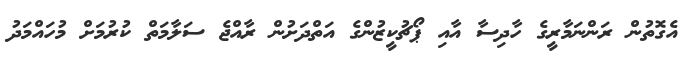
އެގޮތުންް ރަންނަމާރީގެ ހާދިސާ އާއި ޕޯޗުކީޒުންގެ އަތްދަށުން ރާއްޖެ ސަލާމަތް ކުރުމަށް މުހައްމަދު